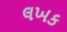
લખક